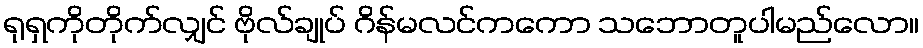
ရုရှကိုတိုက်လျှင် ဗိုလ်ချုပ် ဂိန်မလင်ကကော သဘောတူပါမည်လော။